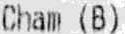
CHAM (B)